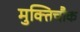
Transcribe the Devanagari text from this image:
मुक्तिचौक